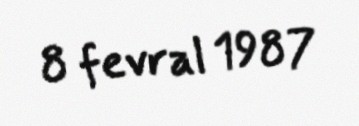
8 fevral 1987